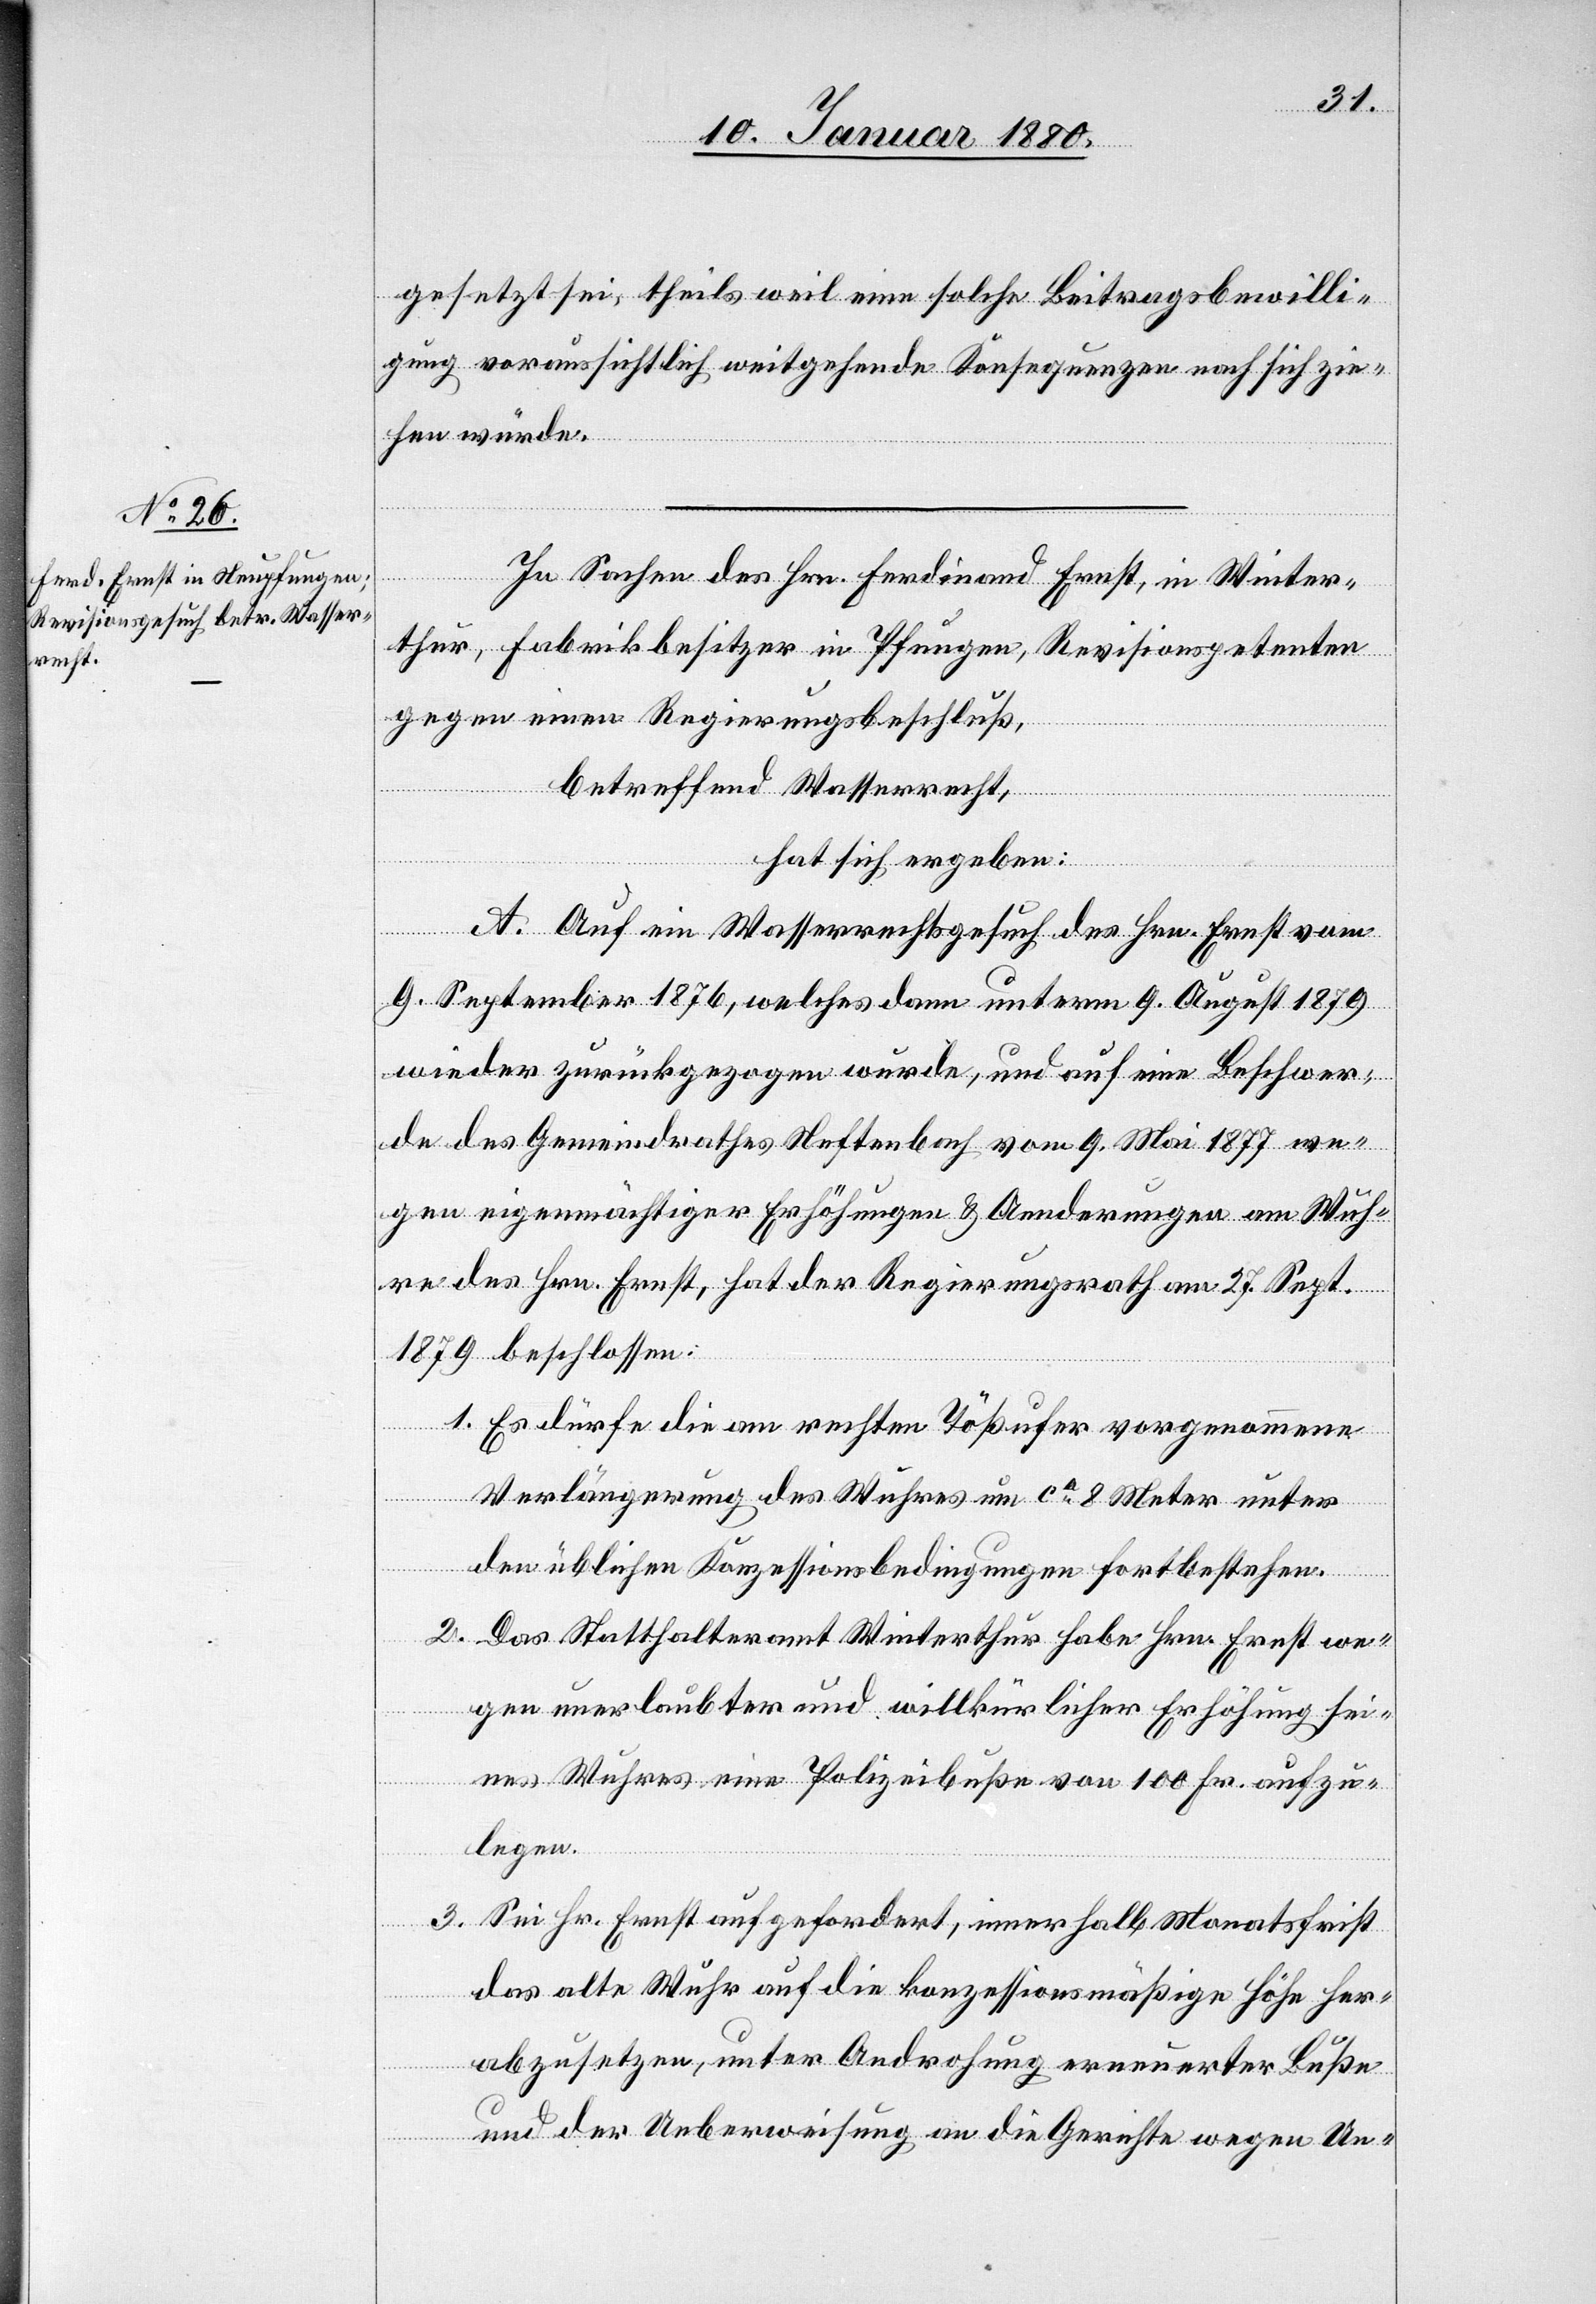
gesetzt sei, theils weil eine solche Beitragsbewilli¬
gung voraussichtlich weitgehende Konsequenzen nach sich zie¬
hen würde.
In Sachen des Hrn. Ferdinand Ernst, in Winter¬
thur, Fabrikbesitzer in Pfungen, Revisionspetent
gegen einen Regierungsbeschluß,
betreffend Wasserrecht,
hat sich ergeben:
A: Auf ein Wasserrechtsgesuch des Hrn. Ernst vom
9. September 1876, welches dann unterm 9. August 1879
wieder zurückgezogen wurde, und auf eine Beschwer¬
de des Gemeindrathes Neftenbach vom 9. Mai 1877 we¬
gen eigenmächtiger Erhöhungen & Aenderungen am Weh¬
re des Hrn. Ernst, hat der Regierungsrath am 27. Sept
1879 beschlossen:
1. Es dürfe die am rechten Tößufer vorgenommene
Verlängerung des Wuhres um ca 8 Meter unter
den üblichen Konzessionsbedingungen fortbestehen.
2. Das Statthalteramt Winterthur habe Hrn. Ernst we¬
gen unerlaubter und willkürlicher Erhöhung sei¬
nes Wuhres eine Polizeibuße von 100 Fr. aufzu¬
legen.
3. Sei Hr. Ernst aufgefordert, innerhalb Monatsfrist
das alte Wuhr auf die konzessionsmäßige Höhe her¬
abzusetzen, unter Androhung erneuerter Buße
und der Ueberweisung an die Gerichte wegen Un-